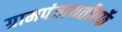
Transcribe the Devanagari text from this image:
ग्रामपंचायतीतर्फे